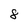
Character: 8